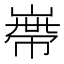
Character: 𡻺